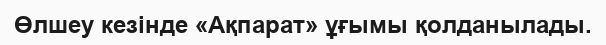
Өлшеу кезінде «Ақпарат» ұғымы қолданылады.